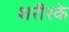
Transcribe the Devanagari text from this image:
शरीरके